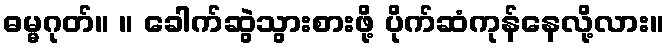
ဓမ္မဂုတ်။ ။ ခေါက်ဆွဲသွားစားဖို့ ပိုက်ဆံကုန်နေလို့လား။